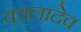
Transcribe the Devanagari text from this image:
कालादेव